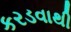
કરડવાથી